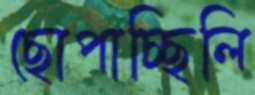
ছোপাচ্ছিলি